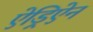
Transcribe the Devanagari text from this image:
ऐड्रिऐन